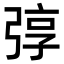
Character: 弴